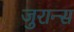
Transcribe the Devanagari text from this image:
जुरान्स